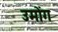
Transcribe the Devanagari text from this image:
उमोंग